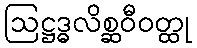
ဩဋ္ဌဒ္ဓလိစ္ဆဝီဝတ္ထု